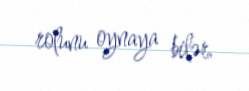
rolunu oynaya bilər.